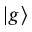
\vert g \rangle